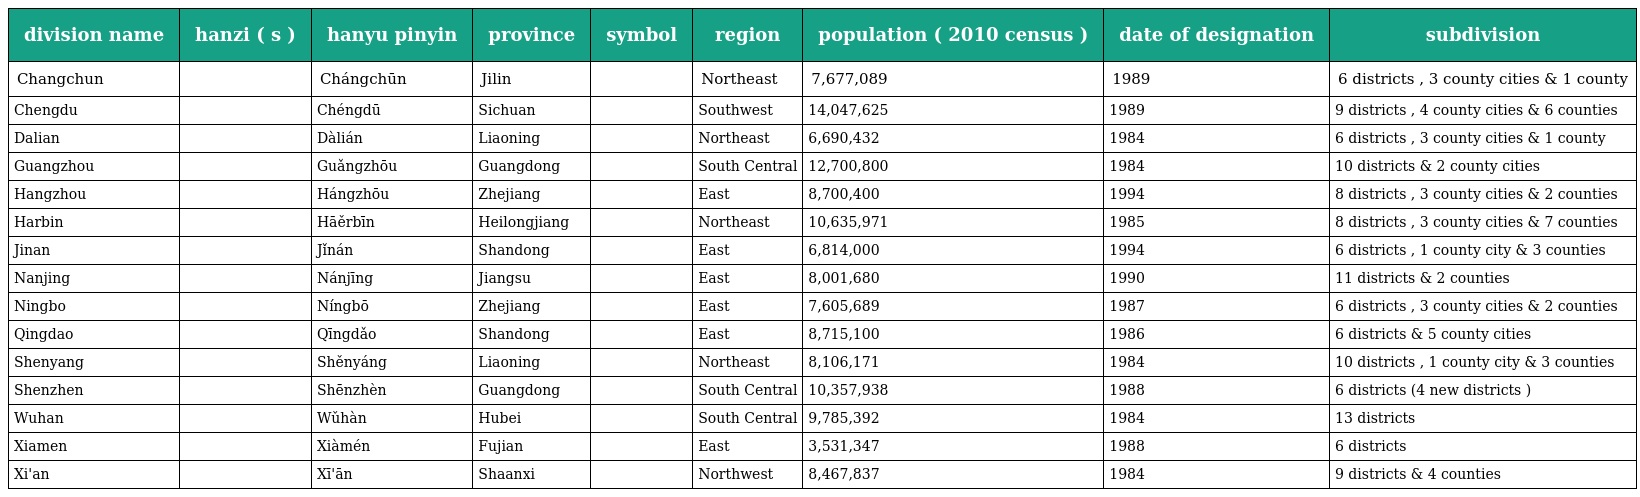
| division name | hanzi ( s ) | hanyu pinyin | province | symbol | region | population ( 2010 census ) | date of designation | subdivision |
 | --- | --- | --- | --- | --- | --- | --- | --- | --- |
 | Changchun | 长春 市 | Chángchūn | Jilin | 长 | Northeast | 7,677,089 | 1989 | 6 districts , 3 county cities & 1 county |
 | Chengdu | 成都 市 | Chéngdū | Sichuan | 蓉 | Southwest | 14,047,625 | 1989 | 9 districts , 4 county cities & 6 counties |
 | Dalian | 大连 市 | Dàlián | Liaoning | 连 | Northeast | 6,690,432 | 1984 | 6 districts , 3 county cities & 1 county |
 | Guangzhou | 广州 市 | Guǎngzhōu | Guangdong | 穗 | South Central | 12,700,800 | 1984 | 10 districts & 2 county cities |
 | Hangzhou | 杭州 市 | Hángzhōu | Zhejiang | 杭 | East | 8,700,400 | 1994 | 8 districts , 3 county cities & 2 counties |
 | Harbin | 哈尔滨 市 | Hāěrbīn | Heilongjiang | 哈 | Northeast | 10,635,971 | 1985 | 8 districts , 3 county cities & 7 counties |
 | Jinan | 济南 市 | Jǐnán | Shandong | 泉 | East | 6,814,000 | 1994 | 6 districts , 1 county city & 3 counties |
 | Nanjing | 南京 市 | Nánjīng | Jiangsu | 宁 | East | 8,001,680 | 1990 | 11 districts & 2 counties |
 | Ningbo | 宁波 市 | Níngbō | Zhejiang | 甬 | East | 7,605,689 | 1987 | 6 districts , 3 county cities & 2 counties |
 | Qingdao | 青岛 市 | Qīngdǎo | Shandong | 胶 | East | 8,715,100 | 1986 | 6 districts & 5 county cities |
 | Shenyang | 沈阳 市 | Shěnyáng | Liaoning | 沈 | Northeast | 8,106,171 | 1984 | 10 districts , 1 county city & 3 counties |
 | Shenzhen | 深圳 市 | Shēnzhèn | Guangdong | 深 | South Central | 10,357,938 | 1988 | 6 districts (4 new districts ) |
 | Wuhan | 武汉 市 | Wǔhàn | Hubei | 汉 | South Central | 9,785,392 | 1984 | 13 districts |
 | Xiamen | 厦门 市 | Xiàmén | Fujian | 鹭 | East | 3,531,347 | 1988 | 6 districts |
 | Xi'an | 西安 市 | Xī'ān | Shaanxi | 镐 | Northwest | 8,467,837 | 1984 | 9 districts & 4 counties |